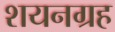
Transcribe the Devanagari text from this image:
शयनग्रह